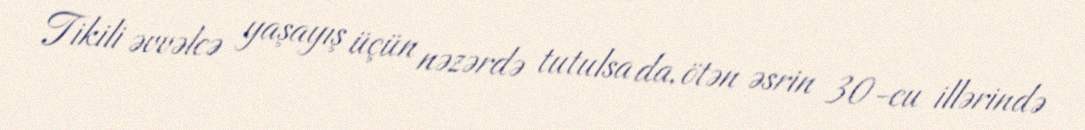
Tikili əvvəlcə yaşayış üçün nəzərdə tutulsa da, ötən əsrin 30-cu illərində